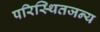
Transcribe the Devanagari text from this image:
परिस्थितजन्य